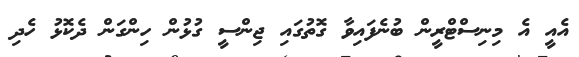
އެއީ އެ މިނިސްޓްރީން ބުނެފައިވާ ގޮތުގައި ޖިންސީ ގުޅުން ހިންގަން ދެކޮޅު ހެދި